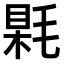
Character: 𣮰